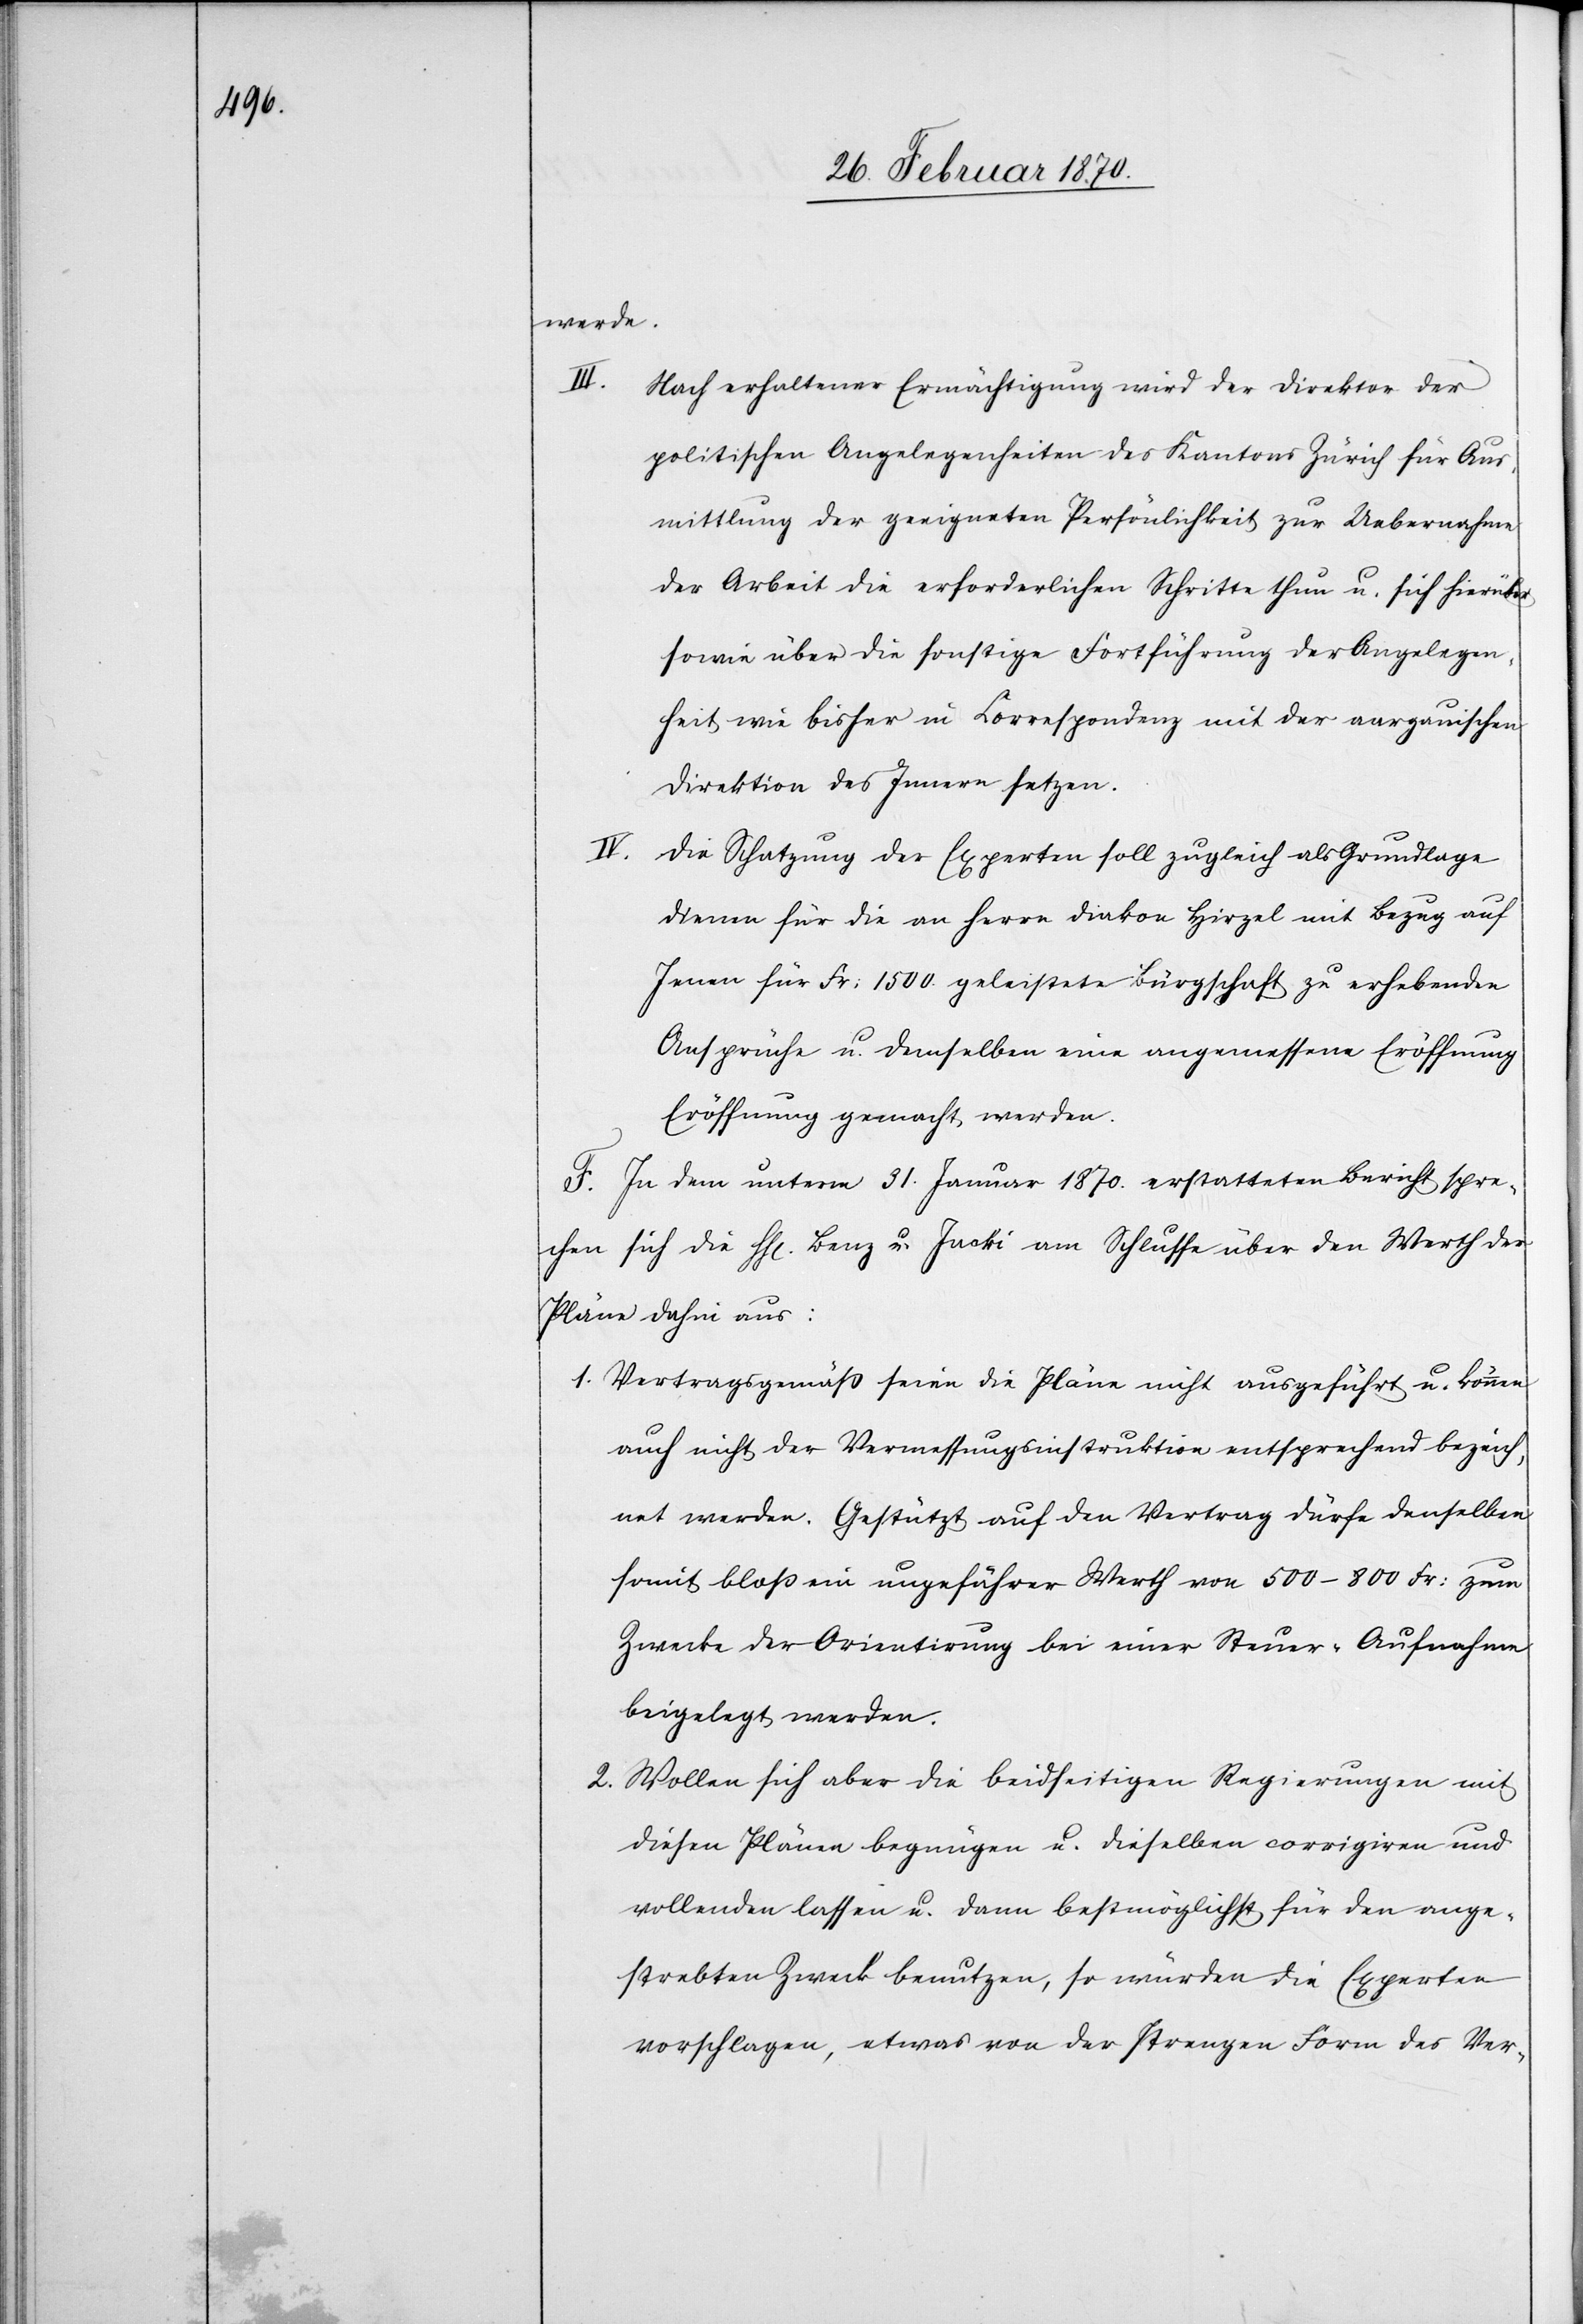
werden.
Nach erhaltener Ermächtigung wird der Direktor der
politischen Angelegenheiten des Kantons Zürich für Aus¬
mittlung der geeigneten Persönlichkeit zur Uebernahme
der Arbeit die erforderlichen Schritte thun u. sich hierüber
sowie über die sonstige Fortführung der Angelegen¬
heit wie bisher in Correspondenz mit der aargauischen
Direktion des Innern setzen.
IV.
Die Schatzung der Experten soll zugleich als Grundlage
dienen für die an Herrn Diakon Hirzel mit Bezug auf
Jenen für Fr: 1500. geleistete Bürgschaft zu erhebenden
Ansprüche u. demselben eine angemessene Eröffnung
F. In dem unterm 31. Januar 1870. erstatteten Bericht spre¬
sich die HH[erren] Benz u. Jacki am Schlusse über den Werth der
chen
1. Vertragsgemäß seien die Pläne nicht ausgeführt u. können
auch nicht der Vermessungsinstruktion entsprechend bezeich¬
net werden. Gestützt auf den Vertrag dürfe denselben
somit bloß ein ungefährer Werth von 500–800 Fr: zum
Zwecke der Orientirung bei einer Steuer-Aufnahme
beigelegt werden.
2. Wollen sich aber die beidseitigen Regierungen mit
diesen Plänen begnügen u. dieselben corrigiren und
vollenden lassen u. dann bestmöglichst für den ange¬
strebten Zweck benutzen, so würden die Experten
vorschlagen, etwas von der strengen Form des Ver-